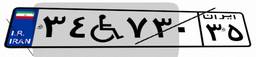
۹۸W۹۱۶۶۲